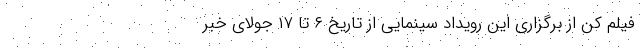
فیلم کن از برگزاری این رویداد سینمایی از تاریخ ۶ تا ۱۷ جولای خبر